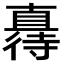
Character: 𫹦